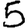
Digit: 5